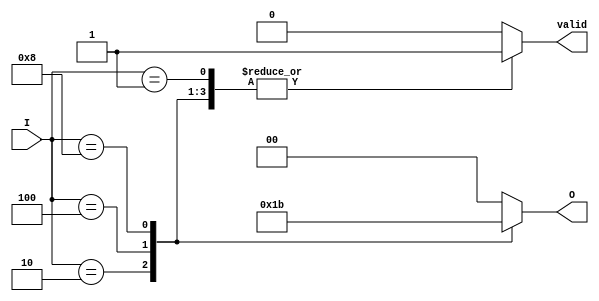
module binary_encoder (
    input wire [3:0] I,  // 4 input lines
    output reg [1:0] O,  // 2 output lines
    output reg valid      // Indicates if the output is valid (only one input is active)
);

always @(*) begin
    case (I)
        4'b0001: begin
            O = 2'b00; // I0 active
            valid = 1'b1;
        end
        4'b0010: begin
            O = 2'b01; // I1 active
            valid = 1'b1;
        end
        4'b0100: begin
            O = 2'b10; // I2 active
            valid = 1'b1;
        end
        4'b1000: begin
            O = 2'b11; // I3 active
            valid = 1'b1;
        end
        default: begin
            O = 2'b00; // Invalid state or no input active
            valid = 1'b0; // Indicate invalid output
        end
    endcase
end

endmodule